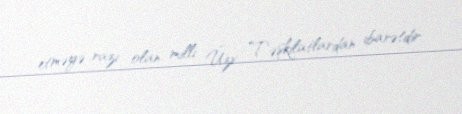
etməyə razı olan milli Üzv Təşkilatlardan ibarətdir.